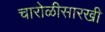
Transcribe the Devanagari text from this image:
चारोळीसारखी